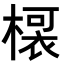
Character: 𭫡